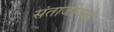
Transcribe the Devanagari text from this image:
संताजीकड़े